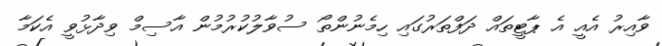
ވާއިރު އެއީ އެ ޕާޓީތައް ދަފްތަރުގައި ހިމެނުންތޯ ސުވާލުކުރުމުން އާސިމް ވިދާޅުވީ އެކަމާ